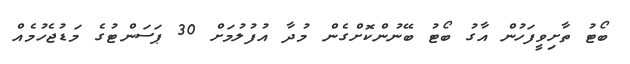
ބޯޓު ތާށިވީފަހުން އާގު ބޯޓު ބޭނުންކޮށްގެން މުދާ އުފުލުމަށް 30 ޕަސަންޓުގެ މަޑުޖެހުމެއް